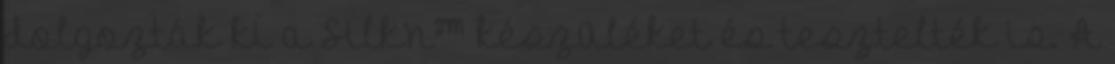
dolgozták ki a Silk’n™ készüléket és tesztelték is. A